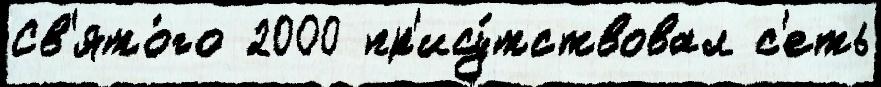
Св'ято́го 2000 пр'ису́тствовал с'еть